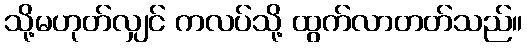
သို့မဟုတ်လျှင် ကလပ်သို့ ထွက်လာတတ်သည်။